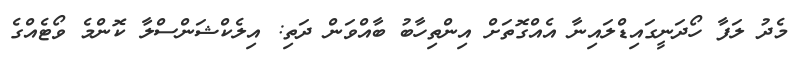
މެދު ލަފާ ހޯދަނީގައިޑްލައިނާ އެއްގޮތަށް އިންތިހާބު ބާއްވަން ދަތި: އިލެކްޝަންސްލާ ކޮންމެ ވޯޓެއްގެ